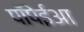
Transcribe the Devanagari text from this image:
पॉंपेईआ